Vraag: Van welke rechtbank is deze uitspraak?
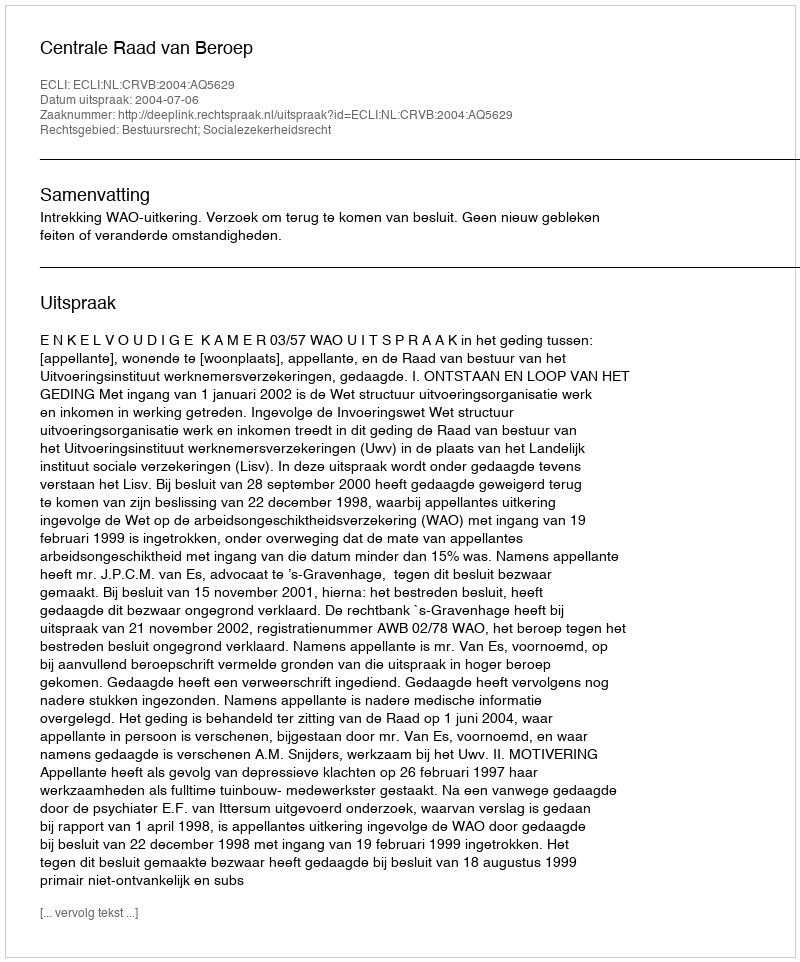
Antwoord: Centrale Raad van Beroep